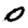
Digit: 0